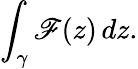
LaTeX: \int_{\gamma}\mathscr{F}(z)\, dz.